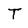
Character: T